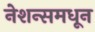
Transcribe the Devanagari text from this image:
नेशन्समधून